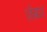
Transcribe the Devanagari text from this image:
ज़ेब्रा।